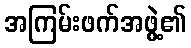
အကြမ်းဖက်အဖွဲ့၏